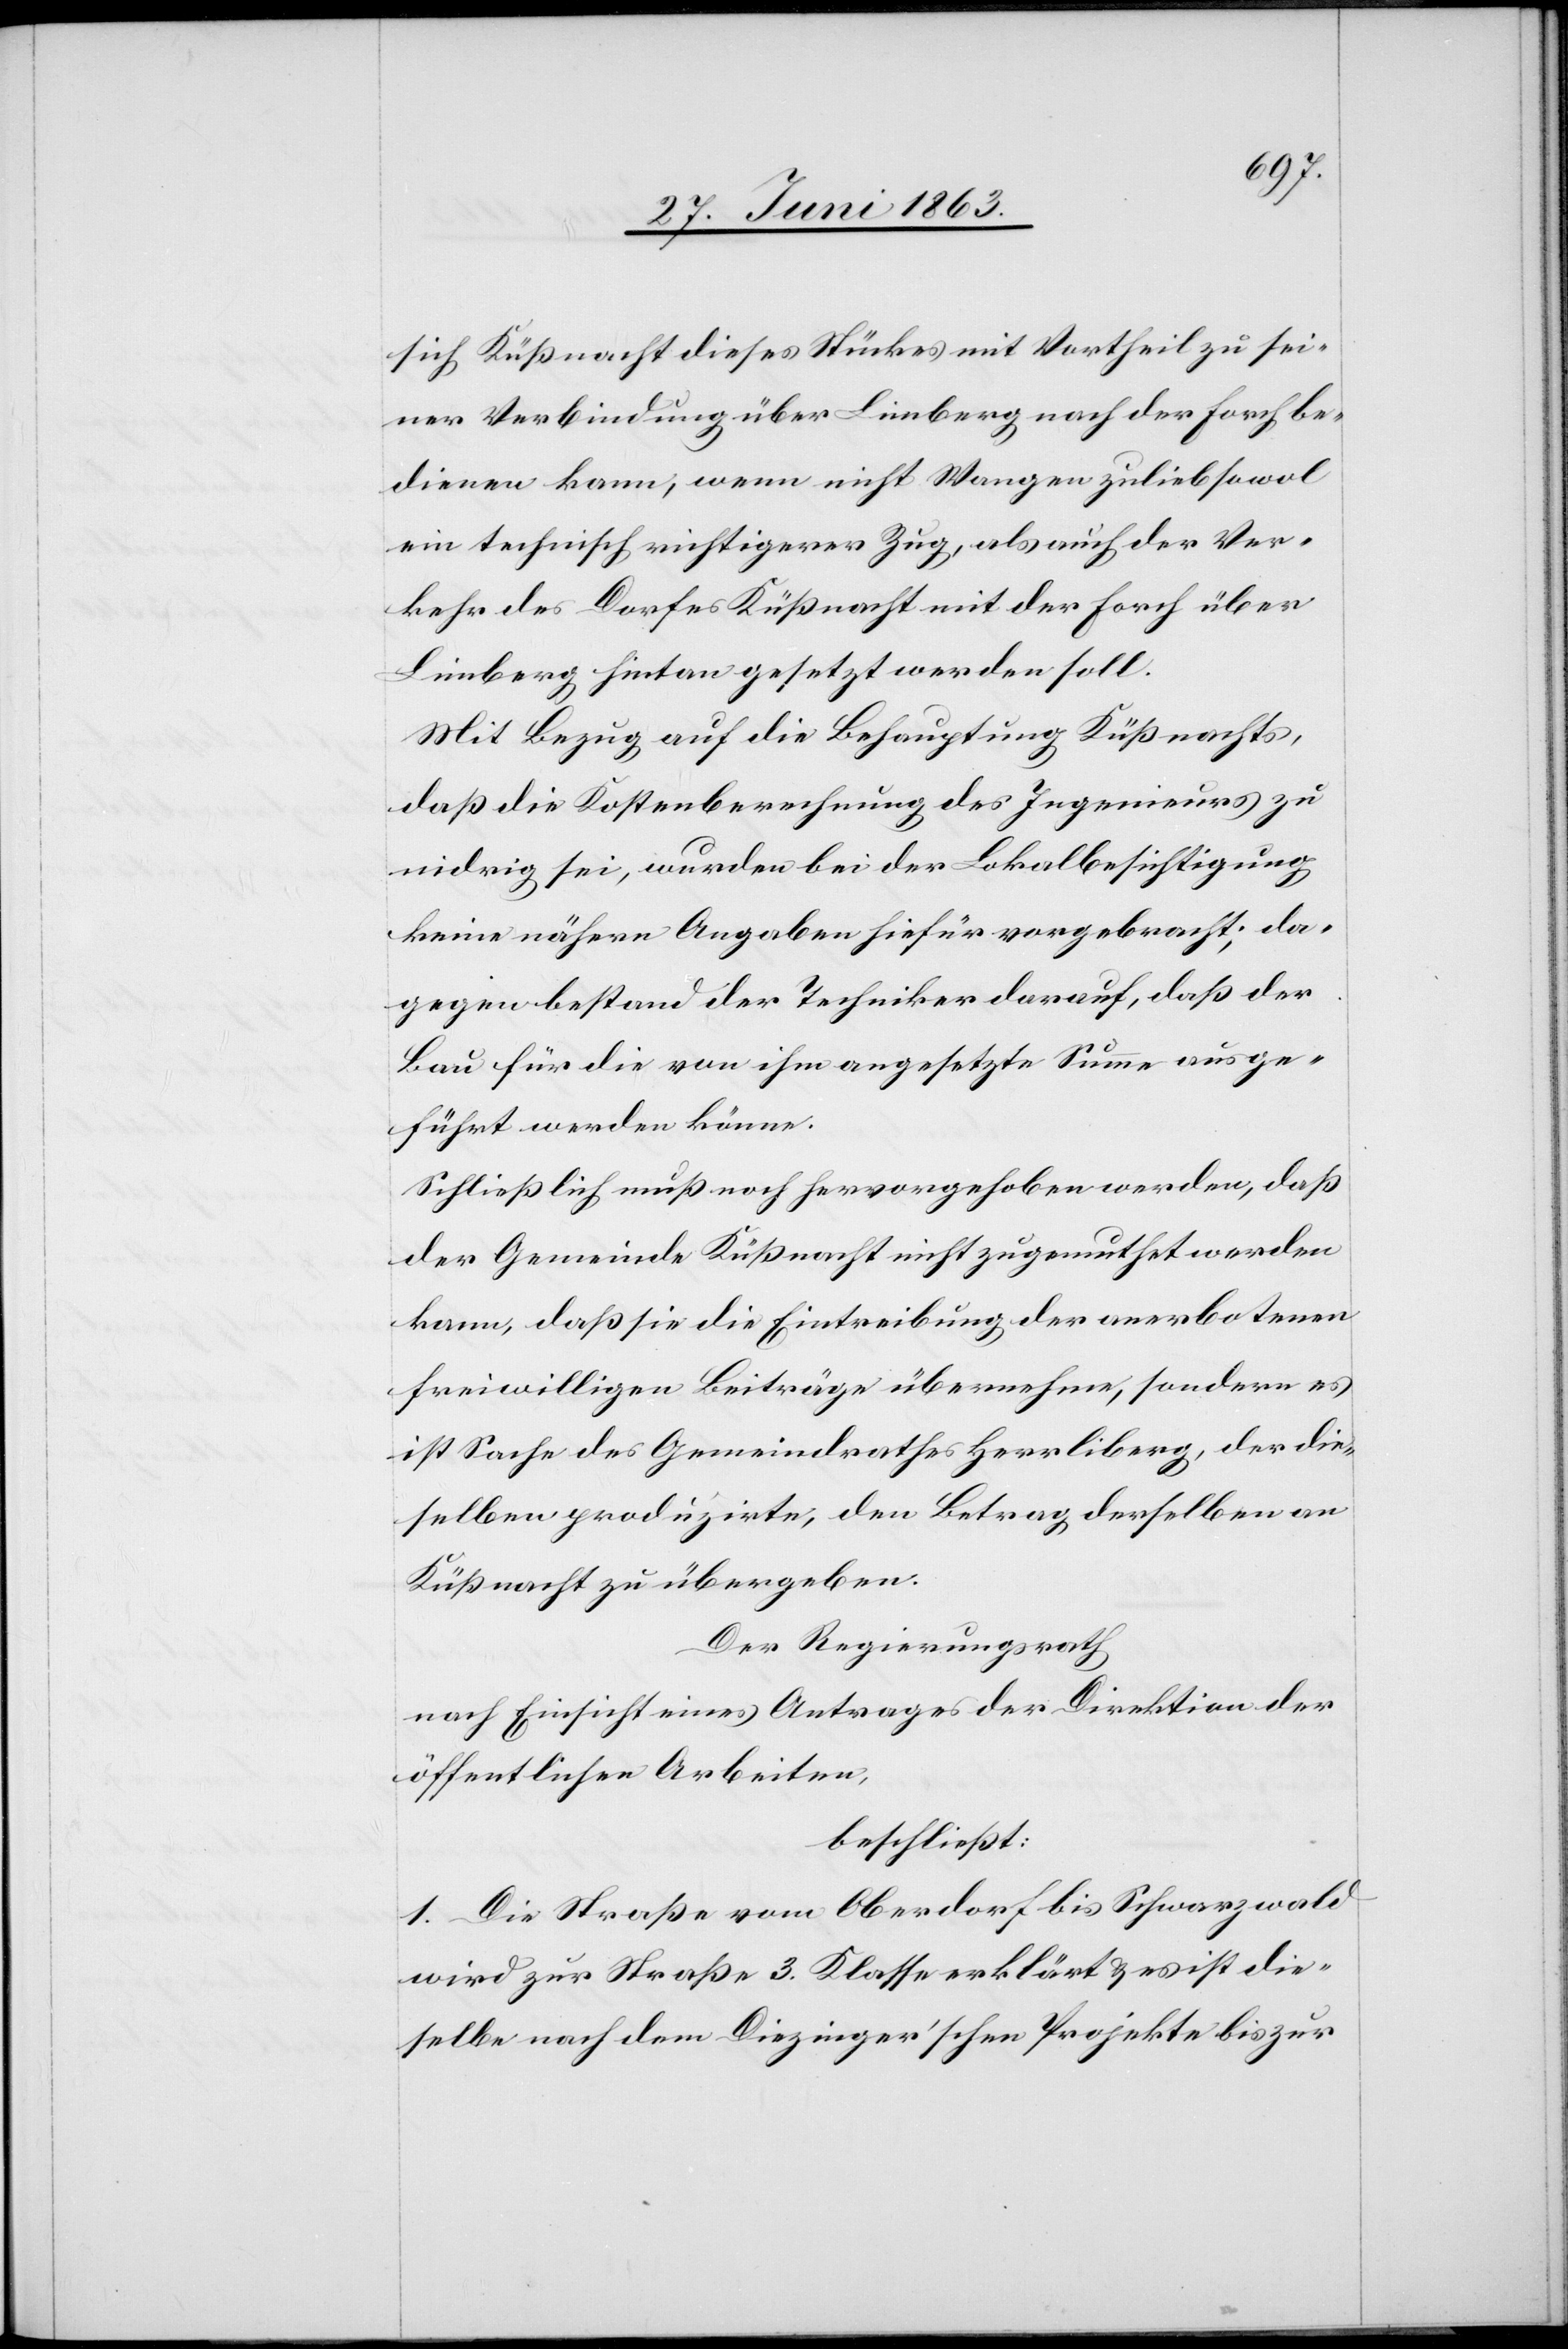
sich Küßnacht dieses Stückes mit Vortheil zu sei¬
ner Verbindung über Limberg nach der Forch be¬
dienen kann, wenn nicht Wangen zulieb sowol
ein technisch richtigerer Zug, als auch der Ver¬
kehr des Dorfes Küßnacht mit der Forch über
Limberg hintan gesetzt werden soll.
Mit Bezug auf die Behauptung Küßnachts,
daß die Kostenberechnung des Ingenieurs zu
nidrig sei, wurden bei der Lokalbesichtigung
keine nähern Angaben hiefür vorgebracht; da¬
gegen bestand der Techniker darauf, daß der
Bau für die von ihm angesetzte Summe ausge¬
führt werden könne.
Schließlich muß noch hervorgehoben werden, daß
der Gemeinde Küßnacht nicht zugemuthet werden
kann, daß sie die Eintreibung der anerbotenen
freiwilligen Beiträge übernehme, sondern es
ist Sache des Gemeindrathes Herrliberg, der die¬
selben produzirte, den Betrag derselben an
Küßnacht zu übergeben.
Der Regierungsrath
nach Einsicht eines Antrages der Direktion der
öffentlichen Arbeiten,
beschließt:
1. Die Straße vom Oberdorf bis Schwarzwald
wird zur Straße 3. Klasse erklärt & es ist die¬
selbe nach dem Diezinger'schen Projekte bis zur